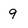
Character: 9